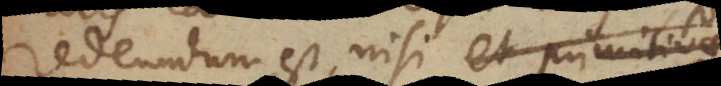
redeundum est, nisi et primitivae